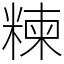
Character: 𥻂